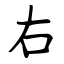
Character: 右